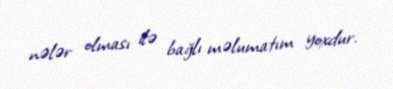
nələr olması ilə bağlı məlumatım yoxdur.